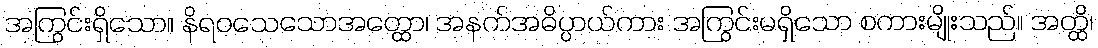
အကြွင်းရှိသော။ နိရဝသေသောအတ္ထော၊ အနက်အဓိပ္ပာယ်ကား အကြွင်းမရှိသော စကားမျိုးသည်။ အတ္ထိ၊